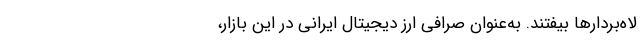
لاه‌بردارها بیفتند. به‌عنوان صرافی ارز دیجیتال ایرانی در این بازار،